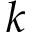
k